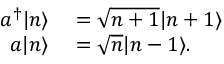
\begin{array} { r l } { a ^ { \dagger } | n \rangle } & { { } = { \sqrt { n + 1 } } | n + 1 \rangle } \\ { a | n \rangle } & { { } = { \sqrt { n } } | n - 1 \rangle . } \end{array}